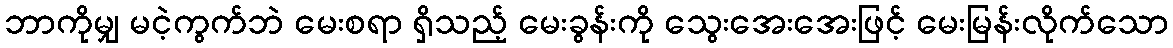
ဘာကိုမျှ မငဲ့ကွက်ဘဲ မေးစရာ ရှိသည့် မေးခွန်းကို သွေးအေးအေးဖြင့် မေးမြန်းလိုက်သော